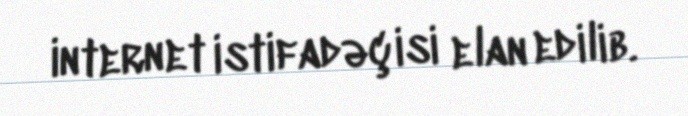
internet istifadəçisi elan edilib.